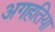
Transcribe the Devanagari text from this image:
अगहतिया